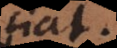
fiat.